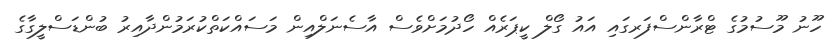
ހޫނު މޫސުމުގެ ޓްރާންސްފަރގައި އައު ގޯލް ކީޕަރެއް ހޯދުމަށްވެސް އާސެނަލްއިން މަސައްކަތްކުރަމުންދާއިރު ބުންޑަސްލީގާގެ